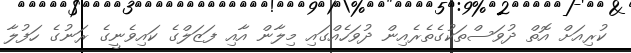
ކުރިއަށް އޮތް ދުވަސްތަކުގެތެރެއިން ދުވަހެއްގައި މިލާން އާއި ފަޒަލްގެ ކައިވެނީގެ ރަނުގެ ހަފުލާ